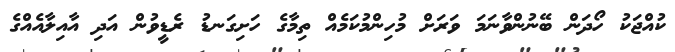
ކުއްޖަކު ހޯދަން ބޭނުންވާނަމަ ވަރަށް މުހިންމުކަމެއް ތިމާގެ ހަށިގަނޑު ރެޑީވުން އަދި އާއިލާއެއްގެ